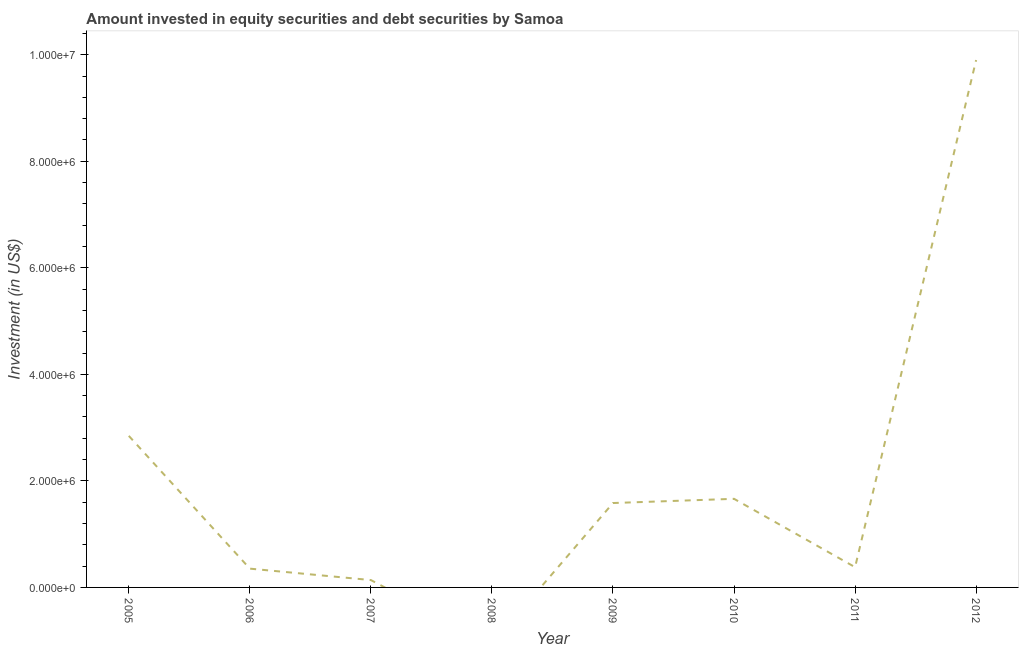
| Year | Portfolio Investment |
 | --- | --- |
 | 2005 | 2.85e+06 |
 | 2006 | 3.53e+05 |
 | 2007 | 1.38e+05 |
 | 2008 | -1.07e+06 |
 | 2009 | 1.58e+06 |
 | 2010 | 1.66e+06 |
 | 2011 | 3.8e+05 |
 | 2012 | 9.9e+06 |